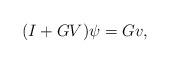
LaTeX: \begin{align*} (I+GV)\psi=Gv,\end{align*}